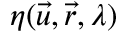
\eta ( \vec { u } , \vec { r } , \lambda )